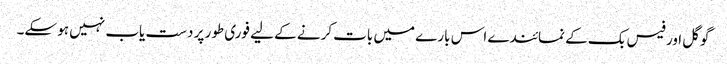
گوگل اور فیس بک کے نمائندے اس بارے میں بات کرنے کے لیے فوری طور پر دست یاب نہیں ہو سکے۔